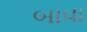
બાવા